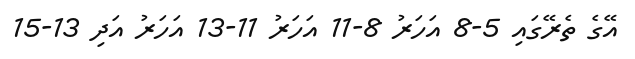
އޭގެ ތެރޭގައި 5-8 އަހަރު 8-11 އަހަރު 11-13 އަހަރު އަދި 13-15